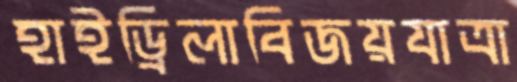
হাইড্রিলাবিজয়যাত্রা